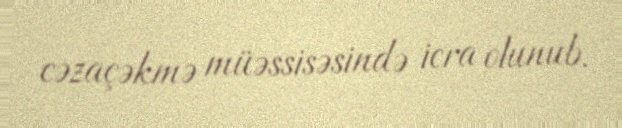
cəzaçəkmə müəssisəsində icra olunub.